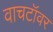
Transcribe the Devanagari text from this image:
वाचटॉवर